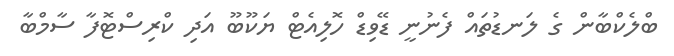
ބްލެކްބާން ގެ ލަނޑުތައް ފެނުނީ ޑޭވިޑް ހޮލިއެޓް ޔަކޫބޫ އަދި ކްރިސްޓޮފާ ސާމްބާ